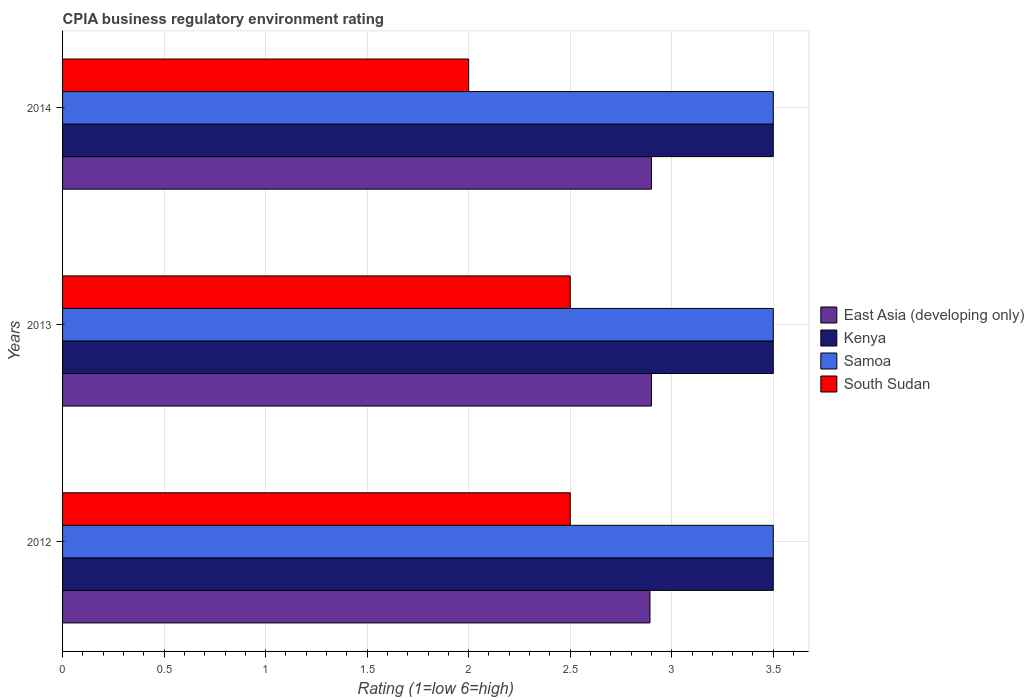
| Years | East Asia (developing only) | Kenya | Samoa | South Sudan |
 | --- | --- | --- | --- | --- |
 | 2012 | 2.89 | 3.5 | 3.5 | 2.5 |
 | 2013 | 2.9 | 3.5 | 3.5 | 2.5 |
 | 2014 | 2.9 | 3.5 | 3.5 | 2 |